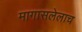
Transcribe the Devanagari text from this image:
मागासलेलाच